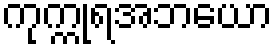
ကုက္ကုရအဘယော